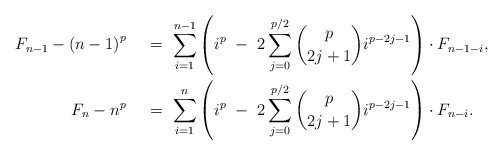
\begin{align*}F_{n-1} - {(n-1)}^{p}\,\,\,\,\, \ &= \ \sum_{i=1}^{n-1} \left(i^{p} \ - \ 2\sum_{j=0}^{p/2} \binom{p}{2j+1} i^{p-2j-1} \right) \cdot F_{n-1-i}, \\F_n - n^{p}\,\,\,\,\, \ &= \ \sum_{i=1}^{n} \left(i^{p} \ - \ 2\sum_{j=0}^{p/2} \binom{p}{2j+1} i^{p-2j-1} \right) \cdot F_{n-i}. \end{align*}